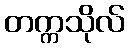
တက္ကသိုလ်